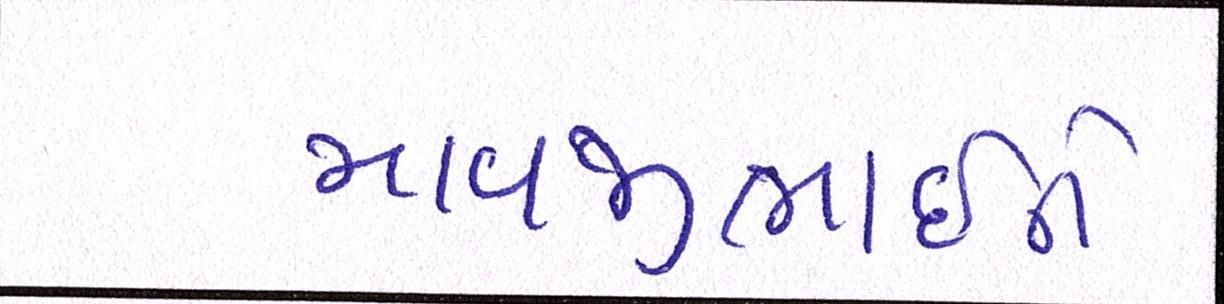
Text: માવજીભાઇને